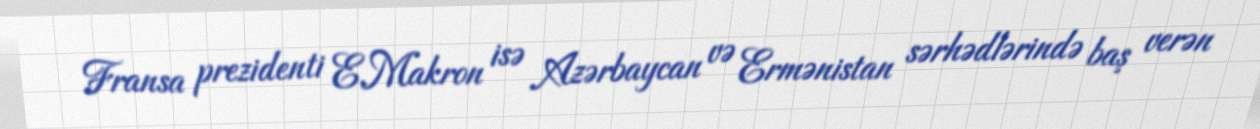
Fransa prezidenti E.Makron isə Azərbaycan və Ermənistan sərhədlərində baş verən